Insane asylums Bombay 1873-77 - 1873-1877
Year: 1873
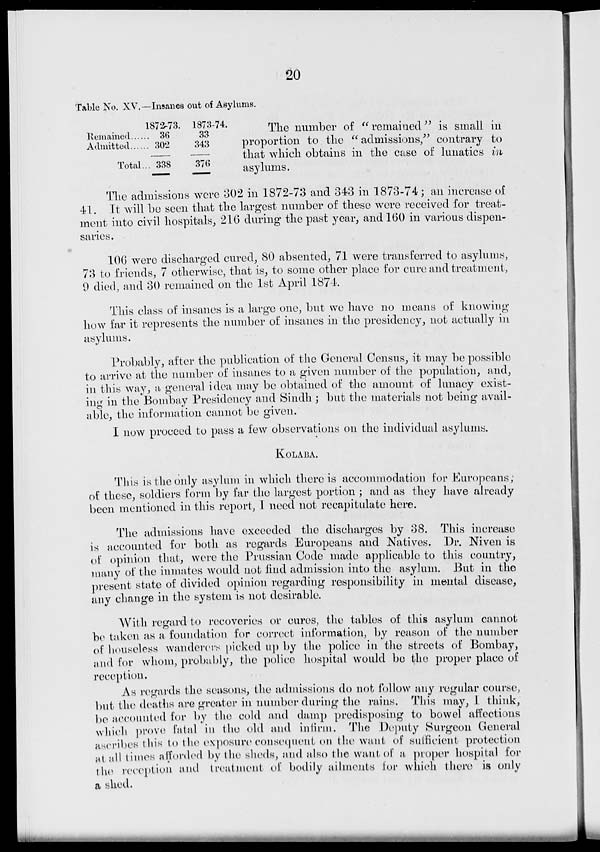
20
Table No. XV.— Insanes out of Asylums.
Remained ......
Admitted ......
Total ...
1872-73.
36
302
338
1873-74.
33
343
376
The number of "remained" is small in
proportion to the "admissions," contrary to
that which obtains in the case of lunatics in
asylums.
The admissions were 302 in 1872-73 and 343 in 1873-74; an increase of
41. It will be seen that the largest number of these were received for treat-
ment into civil hospitals, 216 during the past year, and 160 in various dispen-
saries.
106 were discharged cured, 80 absented, 71 were transferred to asylums,
73 to friends, 7 otherwise, that is, to some other place for cure and treatment,
9 died, and 30 remained on the 1st April 1874.
This class of insanes is a large one, but we have no means of knowing
how far it represents the number of insanes in the presidency, not actually in
asylums.
Probably, after the publication of the General Census, it may be possible
to arrive at the number of insanes to a given number of the population, and,
in this way, a general idea may be obtained of the amount of lunacy exist-
ing in the Bombay Presidency and Sindh ; but the materials not being avail-
able, the information cannot be given.
I now proceed to pass a few observations on the individual asylums.
KOLABA.
This is the only asylum in which there is accommodation for Europeans,
of these, soldiers form by far the largest portion ; and as they have already
been mentioned in this report, I need not recapitulate here.
The admissions have exceeded the discharges by 38. This increase
is accounted for both as regards Europeans and Natives. Dr. Niven is
of opinion that, were the Prussian Code made applicable to this country,
many of the inmates would not find admission into the asylum. But in the
present state of divided opinion regarding responsibility in mental disease,
any change in the system is not desirable.
With regard to recoveries or cures, the tables of this asylum cannot
be taken as a foundation for correct information, by reason of the number
of houseless wanderers picked up by the police in the streets of Bombay,
and for whom, probably, the police hospital would be the proper place of
reception.
As regards the seasons, the admissions do not follow any regular course,
but the deaths are greater in number during the rains. This may, I think,
be accounted for by the cold and damp predisposing to bowel affections
which prove fatal in the old and infirm. The Deputy Surgeon General
ascribes this to the exposure consequent on the want of sufficient protection
at all times afforded by the sheds, and also the want of a proper hospital for
the reception and treatment of bodily ailments for which there is only
a shed.